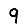
Digit: 9